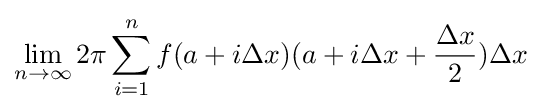
\lim _{n\to \infty }2\pi \sum _{i=1}^{n}f(a+i\Delta x)(a+i\Delta x+{\frac {\Delta x}{2}})\Delta x